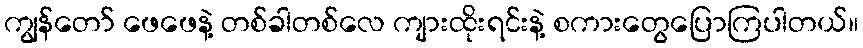
ကျွန်တော် ဖေဖေနဲ့ တစ်ခါတစ်လေ ကျားထိုးရင်းနဲ့ စကားတွေပြောကြပါတယ်။